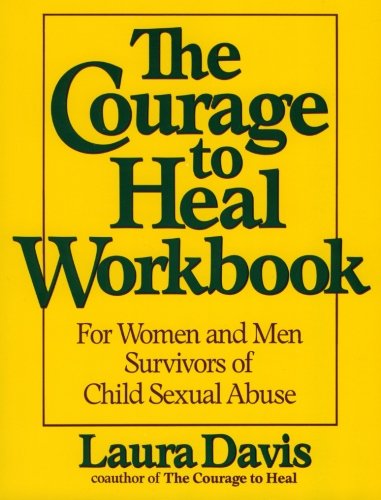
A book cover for The Courage to Heal Workbook: A Guide for Women and Men Survivors of Child Sexual Abuse; Laura Davis; Self-Help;